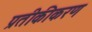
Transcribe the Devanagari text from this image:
प्रतीकीकरण